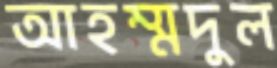
আহম্মদুল